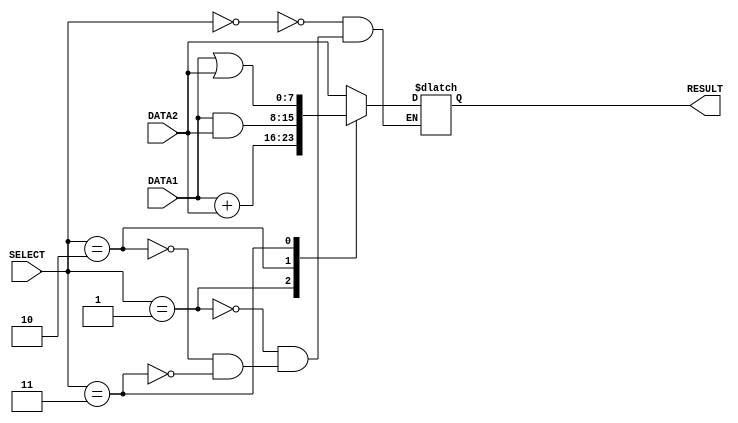
// make test bench
`timescale 1ns /  1ps

module alu(
    input  [7:0] DATA1 , DATA2 ,            // ALU 8 bit input
    output [7:0] RESULT ,                   // ALU output
    input  [2:0] SELECT                     // ALU selector
    
    );
    reg    [7:0] ALU_out ;

    assign RESULT = ALU_out ;

    
    always @( SELECT , DATA1 , DATA2 )     //  make a synchronizer clk is more suitable
    begin 
  
      case( SELECT )
      3'b000 :                              // Forward
        #1 ALU_out =  DATA2 ;
      3'b001:
        #2 ALU_out = DATA1 + DATA2  ;         // Add
      3'b010:
        #1 ALU_out = DATA1 & DATA2  ;         // AND
      3'b011:
        #1 ALU_out = DATA1 | DATA2  ;         // Or

   //  default: 
                                           // reserved for future functions units 
      endcase
    end

endmodule